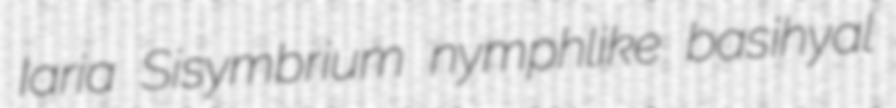
Iaria Sisymbrium nymphlike basihyal